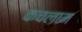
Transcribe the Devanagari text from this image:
कचलाम